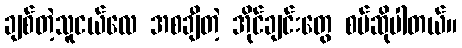
ချစ်တဲ့သူငယ်လေ အစချီတဲ့ အိုင်ချင်းတွေ စပ်ဆိုပါတယ်။